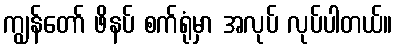
ကျွန်တော် ဖိနပ် စက်ရုံမှာ အလုပ် လုပ်ပါတယ်။